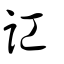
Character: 訌